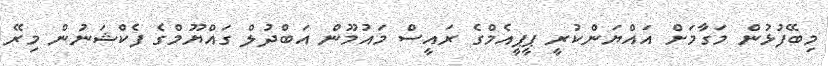
މިބޭފުޅުން މަގާމަށް އައްޔަންކުރީ ޕީޕީއެމްގެ ރައީސް މައުމޫން އަބްދުލް ގައްޔޫމްގެ ފެކްޝަނުން މިރޭ